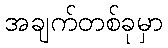
အချက်တစ်ခုမှာ